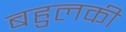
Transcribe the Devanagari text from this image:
बहुलकी